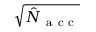
\sqrt { \hat { N } _ { \mathrm { ~ a ~ c ~ c ~ } } }